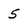
Character: 5